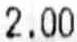
2.00